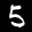
Label: 5